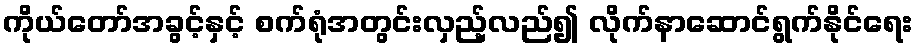
ကိုယ်တော်အခွင့်နှင့် စက်ရုံအတွင်းလှည့်လည်၍ လိုက်နာဆောင်ရွက်နိုင်ရေး